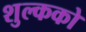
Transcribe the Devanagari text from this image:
शुल्कको